Civil Veterinary Dept. Bombay admin report 1914-1922 - 1914-1922
Year: 1914
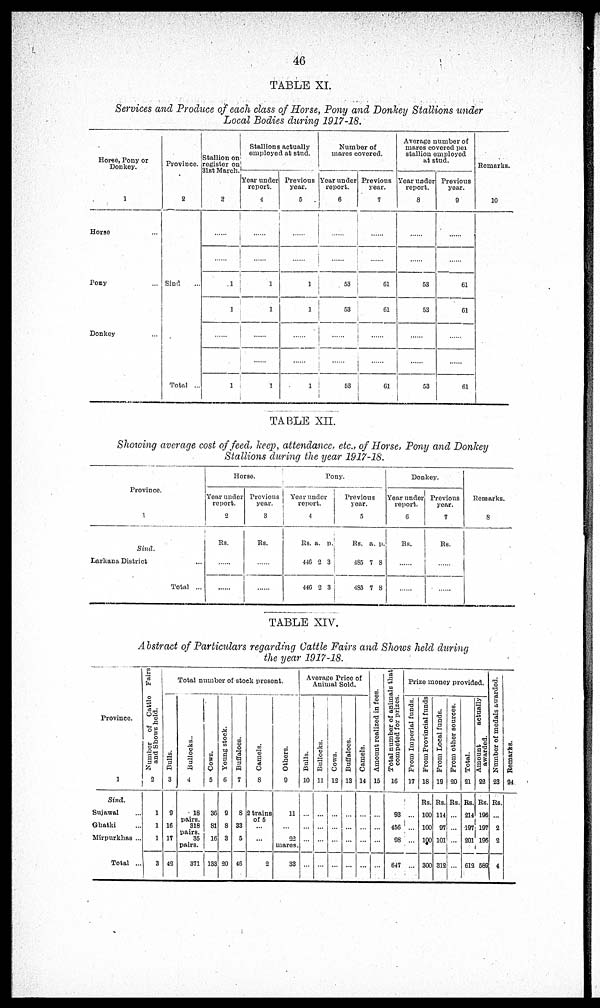
46
TABLE XI.
Services and Produce of each class of Horse, Pony and Donkey Stallions under
Local Bodies during 1917-18.
Horse, Pony or
Donkey.
1
Horse ...
Pony
Donkey ....
Province.
2
Sind ....
Total ...
Stallion on
register on
31st March.
3
........
........
1
1
........
........
1
Stallions actually
employed at stud.
Year under
report.
4
........
........
1
1
........
........
1
Previous
year.
5
........
........
1
1
........
........
1
Number of
mares covered.
Year under
report.
6
........
........
53
53
........
........
53
Previous
year.
7
........
........
61
61
........
61
Average number of
mares covered per
stallion employed
at stud.
Year under
report.
8
........
........
53
53
........
........
53
Previous
year.
9
........
........
61
61
........
........
61
Remarks.
10
TABLE XII.
Showing average cost of feed, keep, attendance, etc., of Horse, Pony and Donkey
Stallions during the year 1917-18.
Province.
1
Sind.
Larkana District
...
Total ...
Horse.
Year under
report.
2
Rs.
Previous
year.
3
Rs.
Pony.
Year under
report.
4
Rs. a. p.
446
446
2
2
3
3
Previous
year.
5
Rs. a. p.
485
485
7
7
8
8
Donkey.
Year under
report.
6
Rs.
Previous
year.
7
Rs.
Remarks.
8
TABLE XIV.
Abstract of Particulars regarding Cattle Fairs and Shows held during
the year 1917-18.
Province.
1
Sind.
Sujawal ...
Ghatki ...
Mirpurkhas ...
Total ...
Number
of Cattle
Fairs
and Shows held.
2
1
1
1
3
Total number of stock
present.
Bulls.
3
9
16
17
42
Bullocks.
4
18
pairs.
318
pairs.
35
pairs.
371
Cows.
5
36
81
16
133
Young stock.
6
9
8
3
20
Buffaloes.
7
8
33
5
46
Camels.
8
2 trains
of 5
...
...
2
Others.
9
11
...
22
mares.
33
Average Price of
Animal Sold.
Bulls.
10
...
...
...
...
Bullocks.
11
...
...
...
...
Cows.
12
...
...
...
...
Buffaloes.
13
...
...
...
...
Camels.
14
...
...
...
...
Amount realized in fees.
15
...
...
...
...
Total number of animals that
competed for prizes.
16
93
456
98
647
Prize money provided.
From Imperial funds.
17
...
...
...
...
From Provincial funds
18
Rs.
100
100
100
300
From Local funds.
19
Rs.
114
97
101
312
From other sources.
20
Rs.
...
...
...
...
Total.
21
Rs.
214
197
201
612
Amount
actually
awarded.
22
Rs.
196
197
196
589
Number of medals awarded.
23
Rs.
...
2
2
4
Re ma r
ks .
24